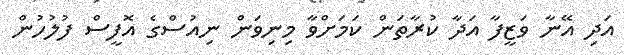
އަދި އޭނާ ވަޒީފާ އަދާ ކުރާތަން ކަމަށްވާ މިނިވަން ނިއުސްގެ އޮފީސް ފުލުހުން